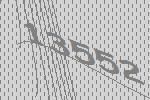
13552